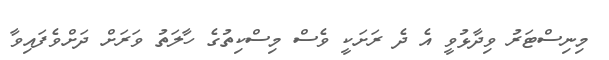
މިނިސްޓަރު ވިދާޅުވީ އެ ދެ ރަށަކީ ވެސް މިސްކިތުގެ ހާލަތު ވަރަށް ދަށްވެފައިވާ